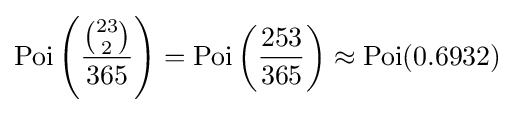
\operatorname {Poi} \left({\frac {\binom {23}{2}}{365}}\right)=\operatorname {Poi} \left({\frac {253}{365}}\right)\approx \operatorname {Poi} (0.6932)